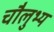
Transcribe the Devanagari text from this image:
चौलुभ्य